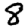
Digit: 8